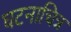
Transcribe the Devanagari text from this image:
घटनाचित्र